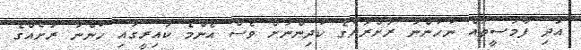
އަދި ފާމަސީތައް ނުހުންނަ ރަށްރަށުގެ ކުދިންނަށް ވެސް އެންމެ ކައިރީގައި ހުންނަ ރަށެއްގެ